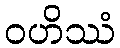
ဝဟိဿံ